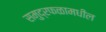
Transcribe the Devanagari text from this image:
समुद्रफळामधील